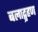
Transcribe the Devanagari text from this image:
बलाद्ग्रहण